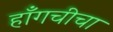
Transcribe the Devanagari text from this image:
हाँगचीचा